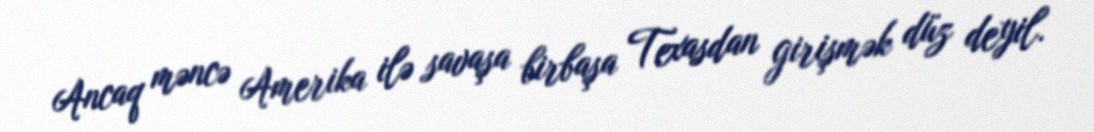
Ancaq məncə Amerika ilə savaşa birbaşa Texasdan girişmək düz deyil.